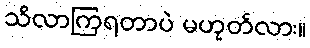
သိလာကြရတာပဲ မဟုတ်လား။